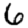
Digit: 6